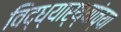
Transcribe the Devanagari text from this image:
विद्ध्यार्थ्यांच्या